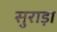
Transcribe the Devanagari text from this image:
सुराड़ा